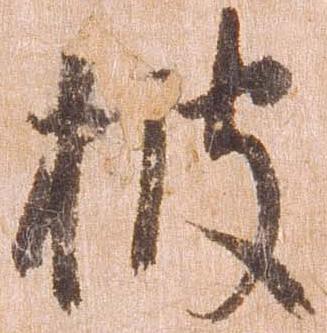
披